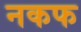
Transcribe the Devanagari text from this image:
नकफ